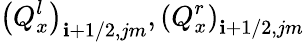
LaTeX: {{\left(Q_{x}^{l}\right)}_{\mathbf{i}+1/2,jm}},{{\left(Q_{x}^{r}\right)}_{\mathbf{i}+1/2,jm}}